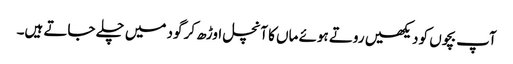
آپ بچوں کو دیکھیں روتے ہوئے ماں کا آنچل اوڑھ کر گود میں چلے جاتے ہیں۔